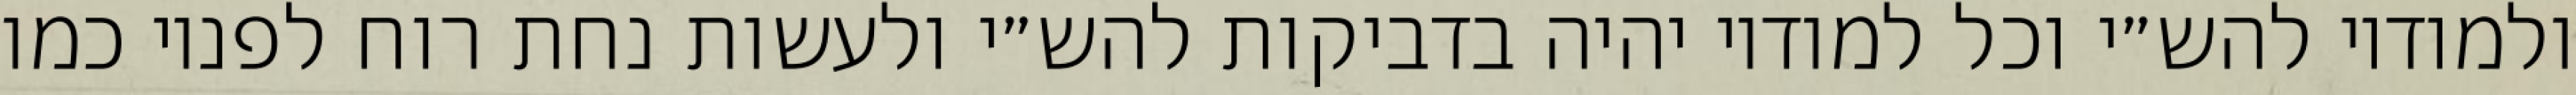
ולמודיו להש״י וכל למודיו יהיה בדביקות להש״י ולעשות נחת רוח לפניו כמו